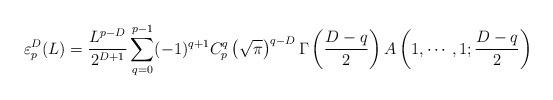
LaTeX: \begin{align*}\varepsilon_p^D(L)=\frac{L^{p-D}}{2^{D+1}}\sum^{p-1}_{q=0}(-1)^{q+1}C_p^q\left(\sqrt{\pi}\right)^{q-D}\Gamma\left(\frac{D-q}{2}\right)A\left(1,\cdots,1;\frac{D-q}{2}\right)\end{align*}